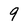
Character: 9